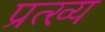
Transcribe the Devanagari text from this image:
प्रत्ख्य